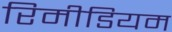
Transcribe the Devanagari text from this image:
रिमीडियम